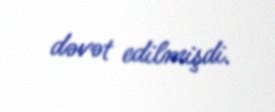
dəvət edilmişdi.